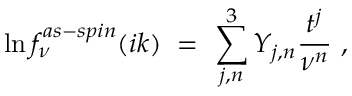
\ln f _ { \nu } ^ { a s - s p i n } ( i k ) \ = \ \sum _ { j , n } ^ { 3 } Y _ { j , n } \frac { t ^ { j } } { \nu ^ { n } } \ ,